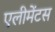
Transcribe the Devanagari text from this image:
एलीमेंटस